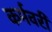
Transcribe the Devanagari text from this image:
कर्मवरी